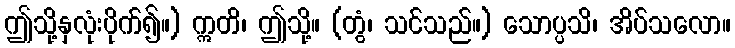
ဤသို့နှလုံးပိုက်၍။) ဣတိ၊ ဤသို့။ (တွံ၊ သင်သည်။) သောပ္ပသိ၊ အိပ်သလော။